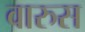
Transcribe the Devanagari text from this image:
वारुस